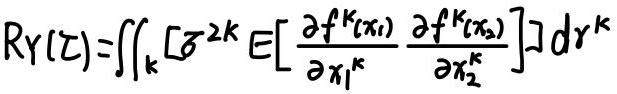
\[
R_Y(\tau)=\iint_{\mathbb{R}^k} \left[\sigma^{2k} E\left[\frac{\partial f^k(x_1)}{\partial x_1^k} \frac{\partial f^k(x_2)}{\partial x_2^k}\right]\right] d r^k
\]